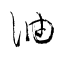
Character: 油